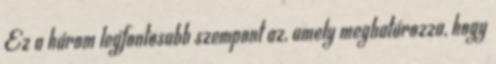
Ez a három legfontosabb szempont az, amely meghatározza, hogy